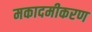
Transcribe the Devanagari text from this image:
मकादमीकरण